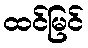
ထင်မြင်